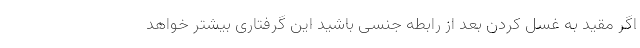
اگر مقید به غسل کردن بعد از رابطه جنسی باشید این گرفتاری بیشتر خواهد